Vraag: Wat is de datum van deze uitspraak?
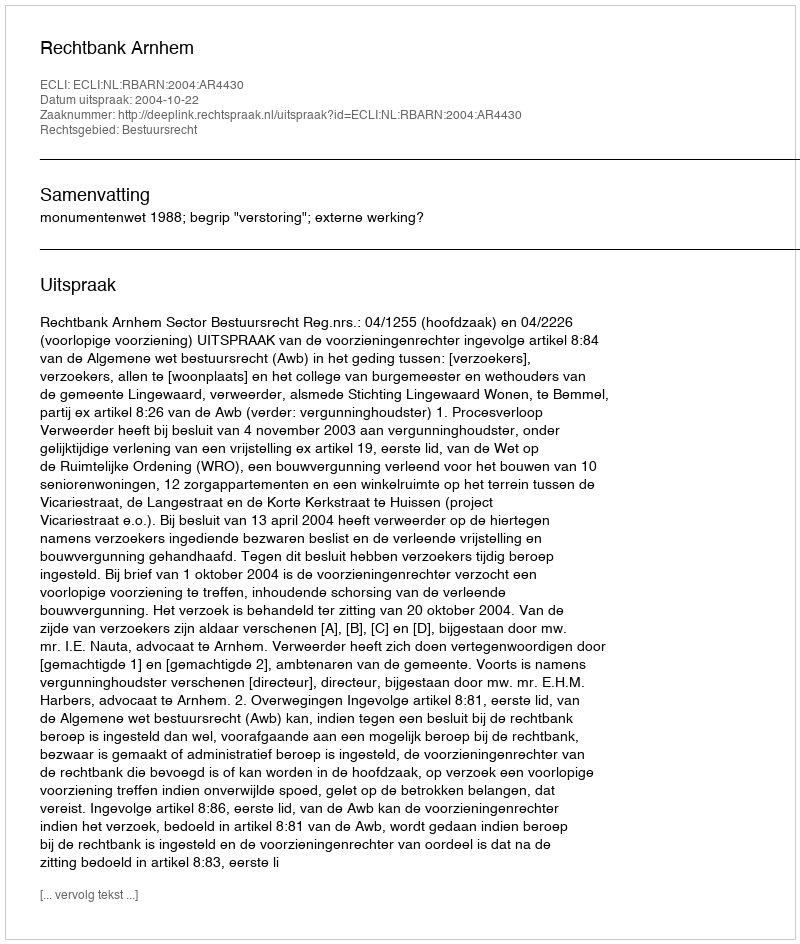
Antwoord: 2004-10-22